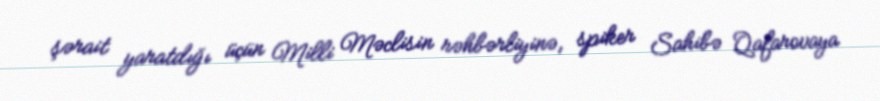
şərait yaratdığı üçün Milli Məclisin rəhbərliyinə, spiker Sahibə Qafarovaya